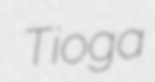
Tioga